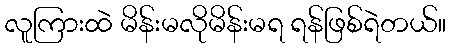
လူကြားထဲ မိန်းမလိုမိန်းမရ ရန်ဖြစ်ရဲတယ်။